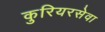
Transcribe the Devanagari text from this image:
कुरियरसेवा